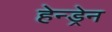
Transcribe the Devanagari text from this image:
हेन्ड्रेन